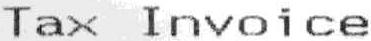
TAX INVOICE